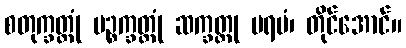
စတုက္ခတ္တုံ ပဉ္စက္ခတ္တုံ ဆက္ခတ္တု ပရမံ၊ တိုင်အောင်။